Lunatic asylums Central Provinces reports 1874-1885 - 1874-1885
Year: 1874
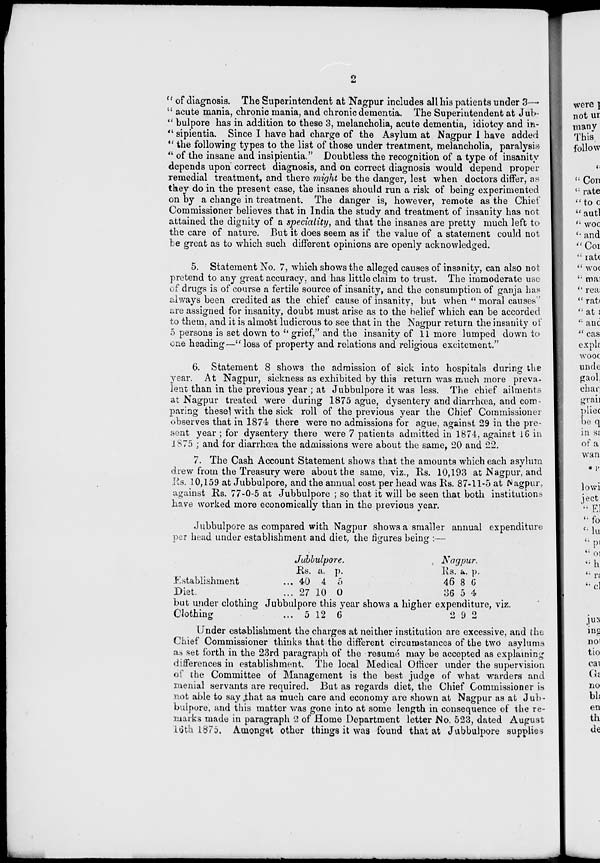
2
"of diagnosis. The Superintendent at Nagpur includes all his patients under 3—
"acute mania, chronic mania, and chronic dementia. The Superintendent at Jub
"bulpore has in addition to these 3, melancholia, acute dementia, idiotcy and in-
"sipientia. Since I have had charge of the Asylum at Nagpur I have added
" the following types to the list of those under treatment, melancholia, paralysis*
" of the insane and insipientia." Doubtless the recognition of a type of insanity
depends upon correct diagnosis, and on correct diagnosis would depend proper
remedial treatment, and there might be the danger, lest when doctors differ, as
they do in the present case, the insanes should run a risk of being experimented
on by a change in treatment. The danger is, however, remote as the Chief
Commissioner believes that in India the study and treatment of insanity has not
attained the dignity of a speciality, and that the insanes are pretty much left to
the care of nature. But it does seem as if the value of a statement could not
be great as to which such different opinions are openly acknowledged.
5. Statement No. 7, which shows the alleged causes of insanity, can also not
pretend to any great accuracy, and has little claim to trust. The immoderate use
of drugs is of course a fertile source of insanity, and the consumption of ganja has
always been credited as the chief cause of insanity, but when "moral causes' 5
are assigned for insanity, doubt must arise as to the belief which can be accorded
to them, and it is almost ludicrous to see that in the Nagpur return the insanity of
5 persons is set down to "grief," and the insanity of 11 more lumped down to
one heading—"loss of property and relations and religious excitement."
6. Statement 8 shows the admission of sick into hospitals during the
year. At Nagpur, sickness as exhibited by this return was much more preva-
lent than in the previous year ; at Jubbulpore it was less. The chief ailments
at Nagpur treated were during 1875 ague, dysentery and diarrhœa, and com-
paring these with the sick roll of the previous year the Chief Commissioner
observes that in 1874 there were no admissions for ague, against 29 in the pre-
sent year ; for dysentery there were 7 patients admitted in 1874, against 16 in
1875 ; and for diarrhœa the admissions were about the same. 20 and 22.
7. The Cash Account Statement shows that the amounts which each asylum
drew from the Treasury were about the same, viz., Rs. 10,193 at Nagpur, and
Rs. 10,159 at Jubbulpore, and the annual cost per head was Rs. 87-11-5 at Nagpur,
against Rs. 77-0-5 at Jubbulpore ; so that it will be seen that both institutions
have worked more economically than in the previous year.
Jubbulpore as compared with Nagpur shows a smaller annual expenditure
per head under establishment and diet, the figures being :—
Jubbulpore.
Establishment ...
Diet. ...
Rs.
40
27
a.
4
10
p.
5
0
Nagpur.
Rs.
46
36
a.
8
5
p.
6
4
but under clothing Jubbulpore this year shows a higher expenditure, viz.
Clothing ...
5 12 6 2
9 2
Under establishment the charges at neither institution are excessive, and the
Chief Commissioner thinks that the different circumstances of the two asylums
as set forth in the 23rd paragraph of the resumé may be accepted as explaining
differences in establishment. The local Medical Officer under the supervision
of the Committee of Management is the best judge of what warders and
menial servants are required. But as regards diet, the Chief Commissioner is
not able to say that as much care and economy are shown at Nagpur as at Jub-
bulpore, and this matter was gone into at some length in consequence of the re-
marks made in paragraph 2 of Home Department letter No. 523, dated August
16th 1875. Amongst other things it was found that at Jubbulpore supplies